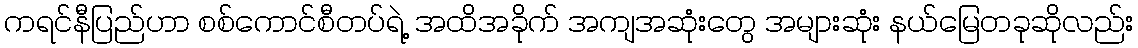
ကရင်နီပြည်ဟာ စစ်ကောင်စီတပ်ရဲ့ အထိအခိုက် အကျအဆုံးတွေ အများဆုံး နယ်မြေတခုဆိုလည်း